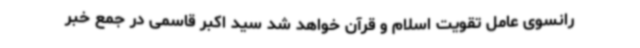
رانسوی عامل تقویت اسلام و قرآن خواهد شد سید اکبر قاسمی در جمع خبر